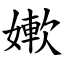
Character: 㜛